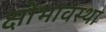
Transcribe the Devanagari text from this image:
क्षोभावस्था